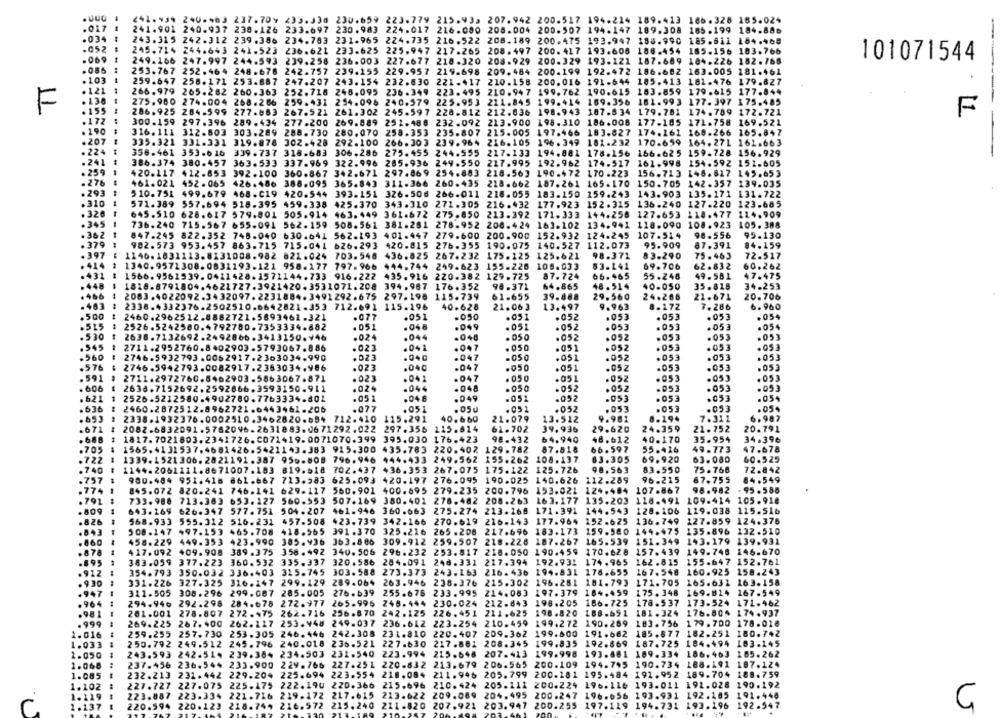
241.134 240⑉463 237.709 233.338 230.659 223.779 215.933 207.942 200.517 194.214 189.413 186.328 185.024
.02+
. 017
.88₺
241.901 240.937 238.126 233.697 230.983 224.017 216.000 208.004 200.507 194.147 189.308 185.199 184.88₺
. 034
243.315 242.312 239.386 234.703 231.965
224.735 216.522 208.189 200.475 193.947
188.990 185.611 104.465
.052
249.714 244.643 241.523 236.621 233.625
225.947 217.265 208.497 200.417 193.608 186.454
165.156 183.766
101071544
.069
249.166 247.997 244.593 239.258 236.003 227.677 210.320 208.929 200.329 193.121 187.689 104.226 182.765
.086
253.767 252.464 248.678 242.757 239.155 229.957 219.698 209.484 200.199 192.472 186.682 163.005 181.461
---
.103
.
259.647 258.171 253.887 247.207 243.154 232.830 221-417
210.158 200.016 191-644 185.413 181.476 179.827
. 121
266.979 265.282 260.363 252.718 248.095
236.349 223.495 210.947 199.762 190.615 183.859 179.615 177.844
.130
275.980 274.004 268.286 259.431 254.096 240.579 225.953 211.845
199.414 169.356 181.993 177.397 175.485
F
.155
286.925
284.599
277.663
267.521 261.302 245.597 228.812 212.036
198.943 187.834
179.781 174.789
172.721
F
.172
---
300.159 297.396 289.434 277.200 269.889
251.480 232.092 213.900 198.310 186.008
177-185 171.758 169.521
. 190
316. 111 312.503 303.289 288.730
280,070 258.353 235.807 215.005 197.466 183.627
174.161
168.266 165.847
.207
--
335.321 331.331 319.878 302.428
292.100
266.303 239.964
216.105
196 . 349
181.232
170-659 164.271 162.663
. 224
356.461 353.6 16 339.737 318.683
306.286
275.455
244.555
217.133 194.881 178.156 166.625 159.728 156.929
.241
386.374 380.457 363.533 337.969 322.996
285.936 249.550
217.995
192.962 174-517
161.998
154.592 151-605
. 259
420.117
412.853 392.100 360.867 342.671 297.869
254.883
218.563 190.472 170 -223
156-713 148.617 145.653
. 276
461.021
452.065 426.486
388.095
365.843
311.366
260.435
218.662
187.261 165.170
150.705 142.357 139.035
. 293
510.751
499.679 468.C19 420.544
393.151 326.506 266-011
218.055
183.150 159.243
143.903 135.171 131.722
.310
571-389 557.694 518.395 459.338
425.370 343.310
271.305
216.432
177.923 152.315
136-240 127.220
123-685
.326
645.510
628.617 579.801 505.914
463.449 361.672
275.850 213.392
171.333 144.256
127.653 118.477 114.909
.345
736.240
715.567 655.091 562.159
508.561 381.261
278.952 208.424
163.102 134.941 118.090 108.923
105. 388
. 362
847.245 822.352 748.040 630.641 562.193 401.447
279.600 200.900 152.932 124.245
107.514
98.556
95.130
. 379
982.573 953.457 863.715 715.041
626.293
420.815
276.355
190.075 140.527 112.073
95.909
87.391
84.159
. 397
1146.1831113.8131008.982 621.024 703.548
436.825
267.232
175.125 125.621
98.371
83.290
75.463
72.517
. 414
1340.9572308.0831193.121 958.177 797.966
444.744
249.623
155-226 106.033
83.141
69.706
62.832
60.262
1566.9561939.0411428.1571144.733 916.222 435.916
220.382 129.725
87.724
65.465
55.248
49- 581
47.475
. 448
1818.8791804.4621727.3921420.3531071.208 394.987
176.352
96.371
64.865
48.514
40.050
35.818
34.253
. 466
21.671
20.706
2083.4022092.3432097.2231884.3491292.675 297.196 115.739
61-655
39.888
29.560
24.266
. 463
2338.4332376.2502510.6642821.353 712.691 115.196
40.628
21.06 3
13.497
9.963
8.172
7.286
6.960
.500
2460.2962512.8882721.5893461.321
.051
.050
.051
.052
.053
.053
.053
.077
.515
2526.5242580.4792780.7353334.882
. 051
. 046
.049
.051
.052
.053
.053
. 053
.054
.530
2638.7132692.2492866.3413150.946
.024
.044
.048
.DSO
.052
.052
.053
.053
.053
.053
.545
2711.2952760.8402903.5793067.886
.023
.041
.047
. 050
.051
.052
.053
.053
.560
2746-5932793.0062917.2303034.990
.023
.040
.047
.050
.051
.052
.053
.053
.576
2746.5942793.0082917.2363034.986
.023
.040
.047
.050
.051
.052
.053
.053
.053
.591
2711.2972760.8462903.5863067.871
.023
.041
.047
. 050
.051
.052
.053
.053
.05
. 606
2638.7152692.2592666.3593150.911
.024
. 044
.048
. 050
.052
.052
.053
.053
. 621
1
2526-5212580.4902780.7763334.801
.051
.04.F
.049
.051
.052
.053
.053
.053
.636
2460.2872512.8962721.6443461.206
.077
.051
. 05u
.051
.052
.053
.053
.053
.054
8.194
7.311
6.987
2338.1932376.0002510.3462820.684 712.410 115.291
40. 660
21.079
13.512
9.981
.671
2082.6832091.5762096.2631883.0671292.022 297.355
115.614
61.702
39.936
29.620
24.359
21.752
20.791
. 648
1817.7021803.2341726.C071+19.0071070.399
176.423
98.432
40.170
35.954
34.396
395.030
64.940
48.612
.705
1565.4131537.4681426.5421143.383 915.300
435.783
220.402 129.782
87.518
66.597
55.416
49.773
47.678
.722
1339.1521306. 2821191.387 956-808 796.946
444.433
249.562 155.262
108.137
83.305
69.920
63.080
60.525
.740
1144.2061121.8671007.183 819.518
702.437
436.353 267.075 175.122 125.726
98,563
83.550
75.766
72.842
.757
980.484 951.418 861.667
713.583
625.093
420.197 276.095 190.025 140.626
112.289
96-215
67.755
84.549
.774
107.867
98.982
. 95.586
845.072 820.241 746.141 629.117 560.901
400.695 279.235 200.796 153.021 124.484
.791
733.988 713.363 653.127
560.553
507.169 380.401
278.462 208.263 163. 177
135.203
118.491
109.414
105.918
. 809
643.269 626-347 577.751 504.207
961.946 360.663
213.268 171.391 144.543 128.106
119.038
115.516
275.274
.826
--
568.933 555.312 516.231 457.508
423.739 342.166
270.619
216-143 177.964 152-625
136.749
127.859
124.378
.843
508.147
497.153
465.708 418.565
391.370 325.226
265 .208
217.696 183.173 159.980 144.475
135.896
132.510
.860
458.229 449.353
423.990 385.936 363.886
309.912
259.507 218.228 187.267 165.539 151.349
143.179 139.931
.878
417.092 409.908
389 .3 75
358.492 340.506
296.232
253.817
218.050 190.459 170.628 157.439
149.748 146-670
155.647 152.761
.695
383.059 377.223 360.532 335.337 320.586
204.091 248.331
217.394 192.931 174.965
162.815
.912
354.793 350.032 336.403 315.745
303.588 273.373 243.163
216.436 194.831 178.655
167. 548
160.925 158.243
.930
331.226 327.325
316.147 299.129
289.064
263.946
238.376
215.302 196.281 101.793
171.705
165.631
163.158
. 947
311.505 308.296
299.087 285.005 276.639
255.676
233.995
214.083 197.379 184.459 175.348
169.814
167.549
.964
294.946 292.298
284.678
272.977
265.996
248.444
230.024 212.843 198.205 186.725
178.537
173.524 171.462
176.80% 174.937
.98 1
201.001 278.807 272.475
262.716 256.870
242.125
226.451 211.625
198.820
188.651 181.324
. 999
269.225 267.400 262.117 253.948 249.037 236.612 223.254 210.459 199.272 190.289
183.756
1 79 . 700
178.018
259.255 257.730 253.305 246.446 242.308
220.407 209.362 199.600
185.877 182.251 180.742
1.016
231.810
1.033
250.792 249.512 245.796 240.018 236.521
227.630
217.881 208.345 199.835 192.869 187.725 184.494
103.145
1.050
243.593 242.514 239.384 234.503 231.540 223.994 215.648 207.413 199.998 193.881
109.334 186.463
185.262
1.068
237.456
236.544 233.900
206.565
194.745 190.734 188.191
187.124
1.085
232.213
231.442 229.204 225.694 223-554 218.084
.084
211.946 205.799 200.181 195.484 191.952 189.704
211
188.759
1.102
227.727
227.075 225.175
222.190 220.366
205.111 200.224 196.116 193.011 192.028
190.192
1.119
223.887
223.334
219.172
217.615
213.622 209.089
204.495
200.247 196.656 193.931
200.2
192.105
191.440
216.572
197.119 194.731 193.196
1.137
220.594
220.123
218.744
215.240
211.820
207.921 203.947
200.2
192.947